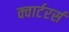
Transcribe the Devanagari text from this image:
क्वार्टरर्स